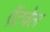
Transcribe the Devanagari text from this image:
ऍटवेल